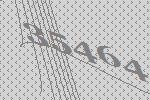
35464